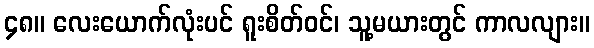
၄၈။ လေးယောက်လုံးပင် ရူးစိတ်ဝင်၊ သူ့မယားတွင် ကာလလျား။